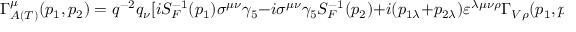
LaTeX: \Gamma _ { A ( T ) } ^ { \mu } ( p _ { 1 } , p _ { 2 } ) = q ^ { - 2 } q _ { \nu } [ i S _ { F } ^ { - 1 } ( p _ { 1 } ) \sigma ^ { \mu \nu } \gamma _ { 5 } - i \sigma ^ { \mu \nu } \gamma _ { 5 } S _ { F } ^ { - 1 } ( p _ { 2 } ) + i ( p _ { 1 \lambda } + p _ { 2 \lambda } ) \varepsilon ^ { \lambda \mu \nu \rho } \Gamma _ { V \rho } ( p _ { 1 } , p _ { 2 } ) ] .